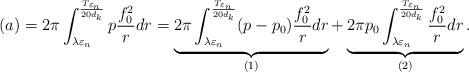
LaTeX: \begin{align*} (a)=2\pi\int_{\lambda\varepsilon_{n}}^{\frac{T_{\varepsilon_{n}}}{20d_{k}}}p\frac{f_{0}^{2}}{r}dr= \underbrace{2\pi\int_{\lambda\varepsilon_{n}}^{\frac{T_{\varepsilon_{n}}}{20d_{k}}}(p-p_{0})\frac{f_{0}^{2}}{r}dr}_{(1)}+ \underbrace{2\pi p_{0}\int_{\lambda\varepsilon_{n}}^{\frac{T_{\varepsilon_{n}}}{20d_{k}}}\frac{f_{0}^{2}}{r}dr}_{(2)}.\end{align*}